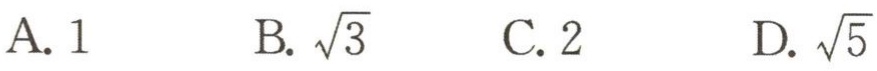
A. \(1\)  B. \(\sqrt{3}\)  C. \(2\)  D. \(\sqrt{5}\)